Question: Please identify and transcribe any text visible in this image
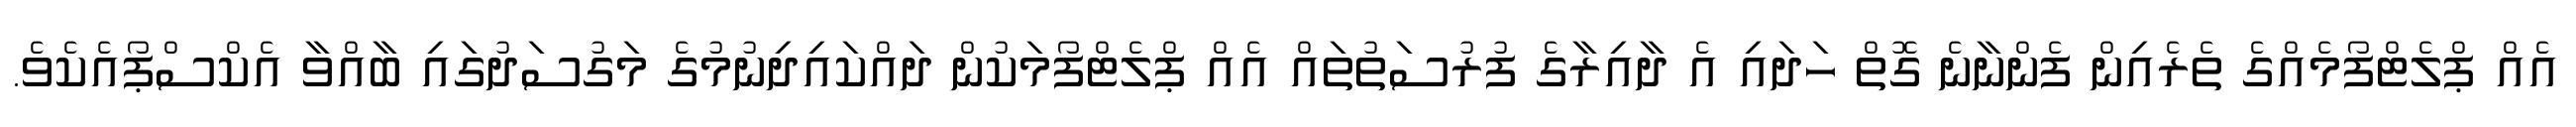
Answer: އެއް ޕްލެޓްފޯމެއްގެ ތެރެއިން ފެންނާނެ ގޮތް ހަދައި އެ ދާއިރާގެ ފުރުސަތުތައް އެއް ޕްލެޓްފޯމަކުން ދައްކައިދިނުމުގެ މަގުސަދުގައި ބާއްވާ އެކްސްޕޯއެކެވެ.